Lunatic asylums in Bengal annual reports 1888-1898 - 1888-1898
Year: 1888
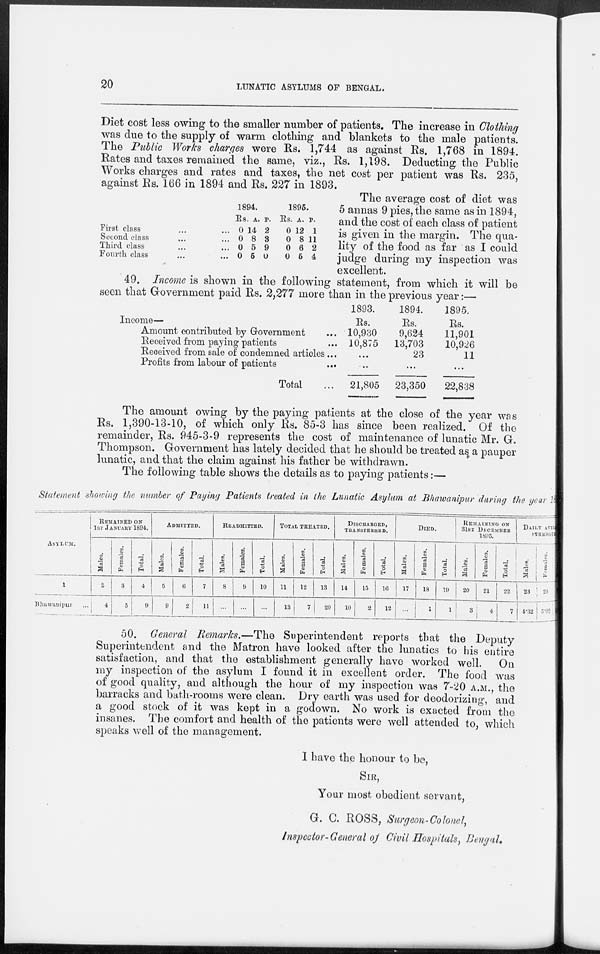
20
LUNATIC ASYLUMS OF BENGAL.
First class ... ...
Second class ... ...
Third class ... ...
Fourth class ... ...
1894.
Rs.
0
0
0
0
A.
14
8
5
5
P.
2
3
9
0
1895.
Rs.
0
0
0
0
A.
12
8
6
5
P.
1
11
2
4
Diet cost less owing to the smaller number of patients. The increase in Clothing
was due to the supply of warm clothing and blankets to the male patients.
The Public Works charges were Rs. 1,744 as against Rs. 1,768 in 1894.
Rates and taxes remained the same, viz., Rs. 1,198. Deducting the Public
Works charges and rates and taxes, the net cost per patient was Rs. 235,
against Rs. 166 in 1894 and Rs. 227 in 1893.
The average cost of diet was
5 annas 9 pies, the same as in 1894,
and the cost of each class of patient
is given in the margin. The qua-
lity of the food as far as I could
judge during my inspection was
excellent.
49. Income is shown in the following statement, from which it will be
seen that Government paid Rs. 2,277 more than in the previous year:—
Income—
Amount contributed by Government ...
Received from paying patients
...
Received from sale of condemned articles ...
Profits from labour of patients ...
Total ...
1893.
Rs.
10,930
10,875
...
...
21,805
1894.
Rs.
9,624
13,703
23
...
23,350
1895.
Rs.
11,901
10,926
11
...
22,838
The amount owing by the paying patients at the close of the year was
Rs. 1,390-13-10, of which only Rs. 85-3 has since been realized. Of the
remainder, Rs. 945-3-9 represents the cost of maintenance of lunatic Mr. G.
Thompson. Government has lately decided that he should be treated as a pauper
lunatic, and that the claim against his father be withdrawn.
The following table shows the details as to paying patients:—
Statement showing the number of Paying Patients treated in the Lunatic Asylum at Bhawanipur during the year 18
ASYLUM.
1
Bhawanipur ...
REMAINTED ON
1ST JANUARY 1894.
Males.
2
4
Females.
3
5
Total.
4
9
ADMITTED.
Males.
5
9
Females.
6
2
Total.
7
11
READMITTED.
Males.
8
...
Females.
9
...
Total.
10
...
TOTAL TREATED.
Males.
11
13
Females.
12
7
Total.
13
20
DISCHARGED,
TRANSFERRED.
Males.
14
10
Females.
15
2
Total.
16
12
DIED.
Males.
17
...
Females.
18
1
Total.
19
1
REMAINING ON
31ST DECEMBER
1895.
Males.
20
3
Females.
21
4
Total.
22
7
DAILY AVERAGE
STRENGTH
Mal es .
23
4.32
Females.
24
5. 92
50. General Remarks.—The Superintendent reports that the Deputy
Superintendent and the Matron have looked after the lunatics to his entire
satisfaction, and that the establishment generally have worked well. On
my inspection of the asylum I found it in excellent order. The food was
of good quality, and although the hour of my inspection was 7-20 A.M., the
barracks and bath-rooms were clean. Dry earth was used for deodorizing, and
a good stock of it was kept in a godown. No work is exacted from the
insanes. The comfort and health of the patients were well attended to, which
speaks well of the management.
I have the honour to be,
SIR,
Your most obedient servant,
G. C. ROSS, Surgeon-Colonel,
Inspector-General of Civil Hospitals, Bengal.